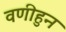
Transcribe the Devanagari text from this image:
वणीहुन